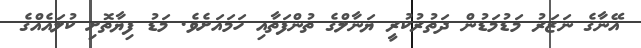
އޭނާގެ ނަޒަރު މަޑުމަޑުން ދަތުރުކުރީ ޔަނާލްގެ ތުންފަތާއި ހަމައަށެވެ. މަޑު ފިޔާތޮށި ކުލައެއްގެ